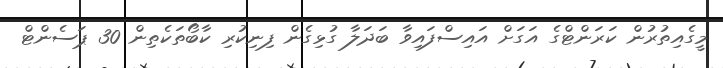
މީގެއިތުރުން ކަރަންޓްގެ އަގަށް އައިސްފައިވާ ބަދަލާ ގުޅިގެން ފިނިކުރި ކާބޯތަކެތިން 30 ޕަސެންޓް